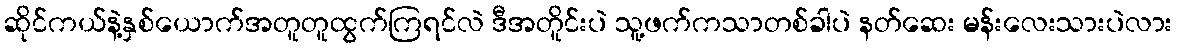
ဆိုင်ကယ်နဲ့နှစ်ယောက်အတူတူထွက်ကြရင်လဲ ဒီအတိူင်းပဲ သူ့ဖက်ကသာတစ်ခါပဲ နတ်ဆေး မန်းလေးသားပဲလား